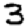
Digit: 3